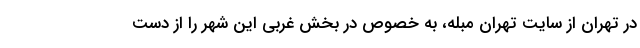
در تهران از سایت تهران مبله، به خصوص در بخش غربی این شهر را از دست